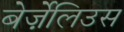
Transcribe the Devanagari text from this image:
बेर्ज़ेलिउस